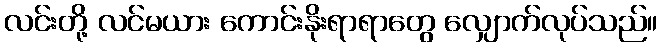
လင်းတို့ လင်မယား ကောင်းနိုးရာရာတွေ လျှောက်လုပ်သည်။